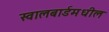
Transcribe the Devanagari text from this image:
स्वालबार्डमधील